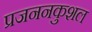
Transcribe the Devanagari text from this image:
प्रजननकुशल